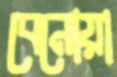
বেনোয়া